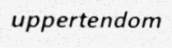
uppertendom